Report on horse surra - Volume I
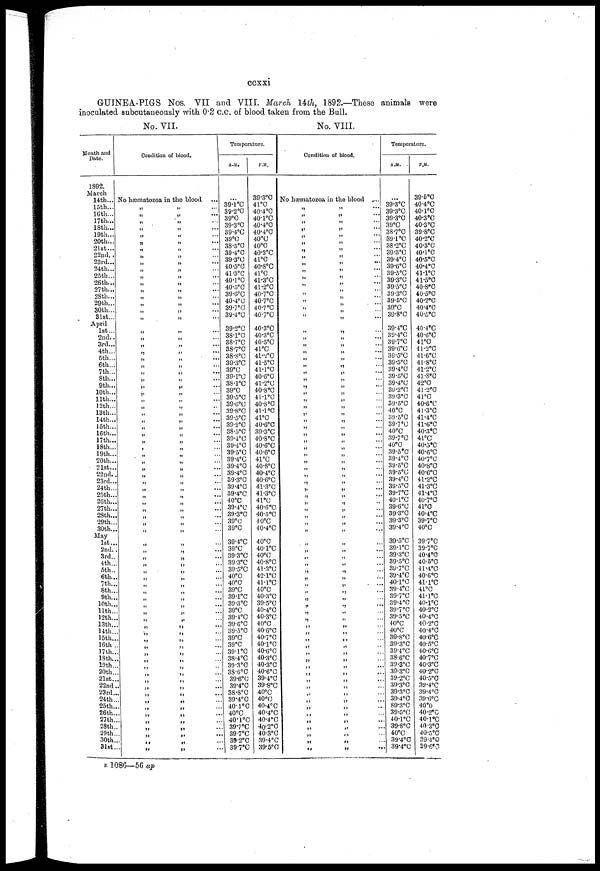
ccxxi
GUINEA-PIGS Nos. VII and VIII. March 14th, 1892.—These animals were
inoculated subcutaneously with 0.2 c.c. of blood taken from the Ball.
No.
VII.
No. VIII.
Month and
Date.
1892.
March
14th...
16th...
16th...
17th...
18th...
19th...
20th...
21st...
22nd..
23rd...
24th...
25th...
26th...
27th...
28th...
29th...
30th...
31st...
April
1st...
2nd..
3rd...
4th...
5th...
6th...
7th...
8th...
9th...
10th...
11th...
12th...
13th...
14th...
15th...
16th...
17th...
18th...
19th...
20th...
21st...
22nd..
23rd...
24th...
25th...
26th...
27th...
28th...
29th...
30th...
May
1st...
2nd..
3rd..
4th...
5th..
6th...
7th...
8th...
9th...
10th...
11th...
12th...
13th...
14th..
15th..
16th.
17th..
18th..
19th..
20th..
21st..
22nd.
23rd..
24th..
25th..
26th..
27th..
28th..
29th..
30th..
31st..
Condition of
blood.
No hæmatozoa in the blood ...
„
„
„
„
„
„
„
„
„
„
„
„
„
„
„
„
„
„
„
„
„
„
„
„
„
„
„
„
„
„
„
„
„
„
„
„
„
„
„
„
„
„
„
„
„
„
„
„
„
„
„
„
„
„
„
„
„
„
„
„
„
„
„
„
„
„
„
„
„
„
„
„
„
„
„
„
„
„ ...
„ ...
„ ...
„ ...
„ ...
„ ...
„ ...
„ ...
„ ...
„ ...
„ ...
„ ...
„ ...
„ ...
„ ...
„ ...
„ ...
„ ...
„ ...
„ ...
„ ...
„ ...
„ ...
„ ...
„ ...
„ ...
„ ...
„ ...
„ ...
„ ...
„ ...
„ ...
„ ...
„ ...
„ ...
„ ...
„ ...
„ ...
„ ...
„ ...
„ ...
„ ...
„ ...
„ ...
„ ...
„ ...
„ ...
„ ...
„ ...
„ ...
„ ...
„ ...
„ ...
„ ...
„ ...
„ ...
„ ...
„ ...
„ ...
„ ...
„ ...
„ ...
„ ...
„ ...
„ ...
„ ...
„ ...
„ ...
„ ...
„ ...
„ ...
„ ...
„ ...
„ ...
„ ...
„ ...
„ ...
„ ...
Temperature.
A.M.
39.1°C
39.2°C
39°C
39.3°C
39.4°C
39°C
38.5°C
39.4°C
39.3°C
40.5°C
41.3°C
40.1°C
40.5°C
39.6°C
40.4°C
39.7°C
39.4°C
39.2°C
38.1°C
38.7°C
38.7°C
38.8°C
39.3°C
39°C
30.1°C
38.1°C
39°C
39.5°C
39.6°C
39.8°C
39.5°C
39.2°C
38.5°C
39.4°C
39.4°C
39.5°C
39.4°C
39.4°C
39.4°C
39.3°C
39.4°C
39.4°C
40°C
39.4°C
39.3°C
39°C
39°C
39.4°C
39°C
39.3°C
39.3°C
39.5°C
40°C
40°C
39°C
39.1°C
39.3°C
39°C
39.4°C
39.6°C
39.5°C
39°C
39°C
39.1°C
38.4°C
39.3°C
38.6°C
39.6°C
39.4°C
38.8°C
39.4°C
40.1°C
40°C
40.1°C
39.7°C
39.7°C
39.2°C
39.7°C
P.M.
39.8°C
41°C
40.4°C
40.°C
40.4°C
40.4°C
40°C
40°C
40.2°C
41°C
40.8°C
41°C
41.3°C
41.2°C
40.7°C
40.7°C
40.7°C
40.7°C
40.3°C
40.3°C
40.5°C
41°C
41.2°C
41.5°C
41.1°C
40.6°C
41.2°C
40.8°C
41.1°C
40.8°C
41.1°C
41°C
40.6°C
39.3°C
40.8°C
40.6°C
40.6°C
41°C
40.8°C
40.4°C
40.8°C
41.3°C
41.3°C
41°C
40.6°C
40.5°C
40°C
40.4°C
40.°C
40.1°C
40°C
40.8°C
41.3°C
42.1°C
41.1°C
40°C
40.3°C
39.5°C
40.4°C
40.3°C
40°C
40.6°C
40.7°C
40.1°C
40.6°C
40.3°C
40.3°C
40.6°C
39.4°C
39.8°C
40°C
40°C
40.4°C
40.4°C
40.4°C
40.2°C
40.3°C
39.4°C
39.5°C
Condition of blood.
No hæmatozoa in the blood ...
„
„
„
„
„ „
„
„
„ „
„
„
„
„ „
„
„
„
„
„
„
„
„
„
„
„
„
„
„
„
„
„
„
„
„
„
„
„
„
„
„
„
„
„
„
„
„
„
„
„
„
„
„
„
„
„
„
„
„
„
„
„
„
„
„
„
„
„
„
„
„
„
„
„
„
„
„
„
„ ...
„ ...
„ ...
„ ...
„ ...
„ ...
„ ...
„ ...
„ ...
„ ...
„ ...
„ ...
„ ...
„ ...
„ ...
„ ...
„ ...
„ ...
„ ...
„ ...
„ ...
„ ...
„ ...
„ ...
„ ...
„ ...
„ ...
„ ...
„ ...
„ ...
„ ...
„ ...
„ ...
„ ...
„ ...
„ ...
„ ...
„ ...
„ ...
„ ...
„ ...
„ ...
„ ...
„ ...
„ ...
„ ...
„ ...
„ ...
„ ...
„ ...
„ ...
„ ...
„ ...
„ ...
„ ...
„ ...
„ ...
„ ...
„ ...
„ ...
„ ...
„ ...
„ ...
„ ...
„ ...
„ ...
„ ...
„ ...
„ ...
„ ...
„ ...
„ ...
„ ...
„ ...
„ ...
„ ...
„ ...
„ ...
Temperature.
A.M.
...
39.8°C
39.3°C
39.3°C
39°C
38.7°C
39.1°C
38.2°C
30.8°C
39.4°C
39.6°C
39.5°C
39.3°C
39.5°C
39.3°C
39.6°C
30.0°C
30.8°C
39.4°C
39.4°C
39.7°C
39.6°C
39.5°C
39.5°C
39.4°C
39.8°C
39.4°C
39.2°C
39.8°C
39.8°C
40°C
39.5°C
39.7°C
40°C
39.7°C
40°C
39.5°C
39.4°C
39.8°C
39.5°C
39.4°C
39.5°C
39.7°C
40.°C
39.6°C
39.3°C
39.3°C
39.4°C
39.5°C
39.1°C
39.3°C
39.5°C
39.7°C
39.4°C
40.1°C
39.4°C
39.7°C
39.4°C
39.7°C
39.5°C
40°C
40°C
39.8°C
39.3°C
39.4°C
38.6°C
39.3°C
39.3°C
39.2°C
39.3°C
39.3°C
39.4°C
89.3°C
39.5°C
40.1°C
39.8°C
40°C
39.4°C
39.4°C
P.M.
39.6°C
40.4°C
40.1°C
40.3°C
40.3°C
39.8°C
40.2°C
40.3°C
40.1°C
40.5°C
40.4°C
41.1°C
41.5°C
40.8.C
40.5°C
40.2°C
40.4°C
40.5°C
40.4°C
40.6°C
41°C
41.2°C
41.6°C
41.8°C
41.2°C
41.8°C
42.°C
41.2°C
41°C
40.6.C
41.3°C
41.4°C
41.6°C
40.3°C
41°C
40.5°C
40.6°C
40.7°C
40.8°C
40.6°C
41.2°C
41.3°C
41.4°C
40.7°C
41°C
40.4°C
39.7°C
40°C
39.7°C
39.7°C
40.4°C
40.°C
41.4°C
40.6°C
41.1°C
41°C
41.1°C
40.1°C
40.2°C
40.4°C
40.2°C
40.4°C
40.6°C
40.5°C
40.6°C
40.7°C
40.3°C
40.2°C
40.5°C
39.4°C
39.4°C
39.6°C
40°C
40.2°C
40.1°C
40.3°C
40.5°C
39.4°C
39.6°C
B 1086—56 ap